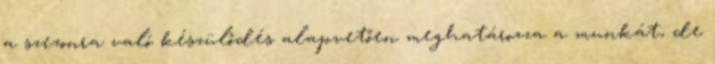
a szezonra való készülődés alapvetően meghatározza a munkát, de